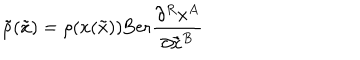
{ \tilde { \rho } } ( { \tilde { x } } ) = \rho ( x ( { \tilde { x } } ) ) \mathrm { B e r } \frac { \partial ^ { R } x ^ { A } } { \partial { \tilde { x } } ^ { B } }